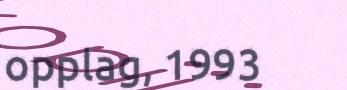
opplag, 1993